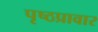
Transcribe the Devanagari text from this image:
पृष्ठप्रावार